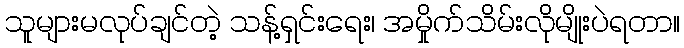
သူများမလုပ်ချင်တဲ့ သန့်ရှင်းရေး၊ အမှိုက်သိမ်းလိုမျိုးပဲရတာ။